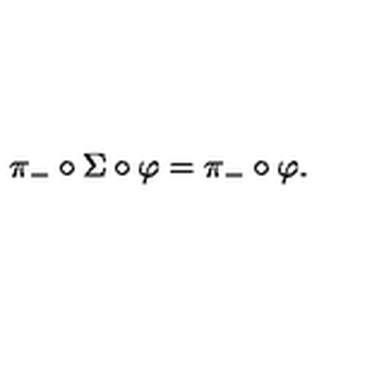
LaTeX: \pi _ { - } \circ \Sigma \circ \varphi = \pi _ { - } \circ \varphi .